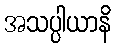
အသပ္ပါယာနိ